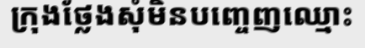
ក្រុងថ្លែងសុំមិនបញ្ចេញឈ្មោះ